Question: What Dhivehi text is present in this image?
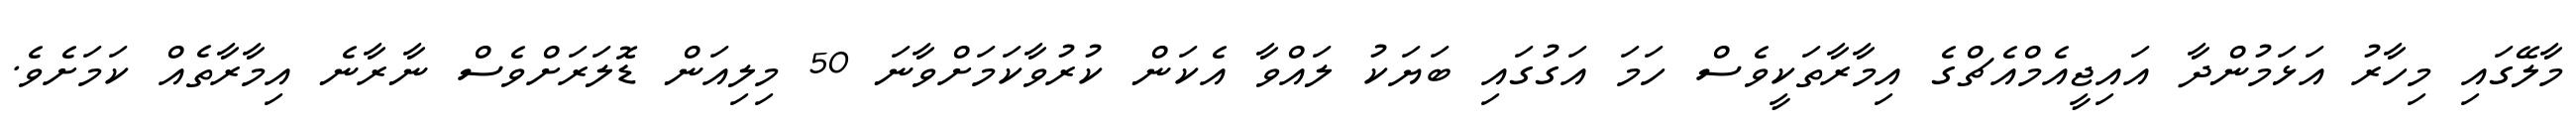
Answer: މާލޭގައި މިހާރު އަޅަމުންދާ އައިޖީއެމްއެޗްގެ އިމާރާތަކީވެސް ހަމަ އަގުގައި ބަޔަކު ލައްވާ އެކަން ކުރުވާކަމަށްވާނަ 50 މިލިއަން ޑޮލަރަށްވެސް ނާރާނެ އިމާރާތެއް ކަމަށެވެ.